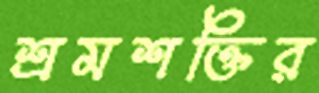
শ্রমশক্তির